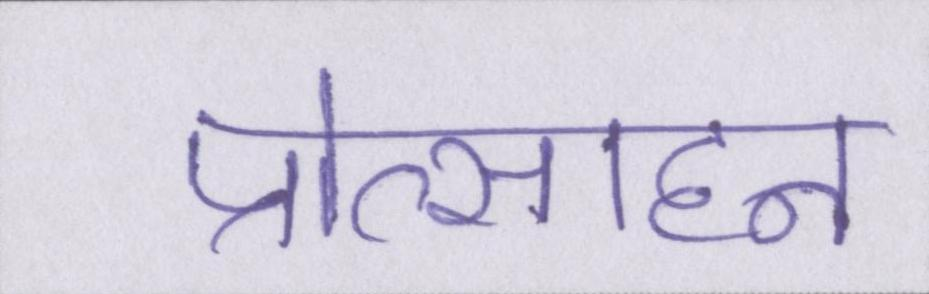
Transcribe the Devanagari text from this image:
प्रोत्साहन